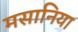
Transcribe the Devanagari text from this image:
मसानिया